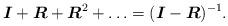
LaTeX: \begin{align*}\boldsymbol{I}+\boldsymbol{R}+\boldsymbol{R}^2+\ldots=(\boldsymbol{I}-\boldsymbol{R})^{-1}.\end{align*}